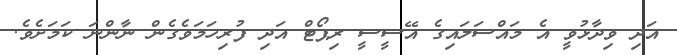
އަދި ވިދާޅުވީ އެ މައްސަލައިގެ އޭސީސީ ރިޕޯޓް އަދި ފުރިހަމަވެގެން ނާންނަ ކަމަށެވެ.